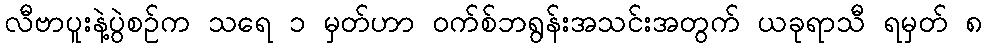
လီဗာပူးနဲ့ပွဲစဉ်က သရေ ၁ မှတ်ဟာ ဝက်စ်ဘရွန်းအသင်းအတွက် ယခုရာသီ ရမှတ် ၈